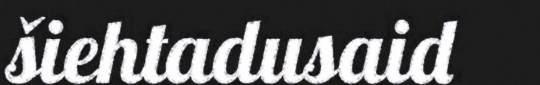
šiehtadusaid